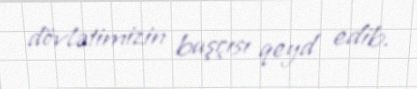
dövlətimizin başçısı qeyd edib.